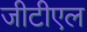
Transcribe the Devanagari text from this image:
जीटीएल